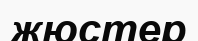
жюстер